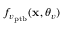
f _ { v _ { \mathrm { p t b } } } ( \mathbf { x } , \boldsymbol { \theta } _ { v } )